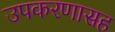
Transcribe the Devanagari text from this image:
उपकरणासह